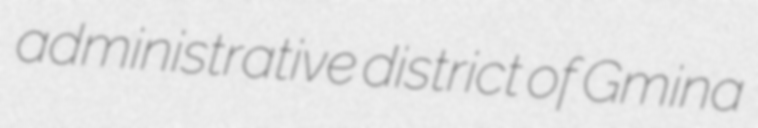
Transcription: administrative district of Gmina